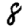
Digit: 8